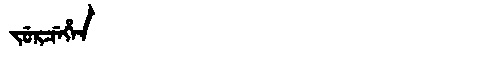
Manchu: ᠵᡠᡵᠴᡝᡥᡝᠨ
Romanization: JURCEHEN